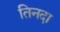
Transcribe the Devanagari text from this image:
तिनदा